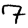
Digit: 7